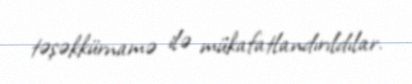
təşəkkürnamə ilə mükafatlandırıldılar.